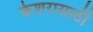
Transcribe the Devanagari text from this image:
केशरासाठी